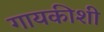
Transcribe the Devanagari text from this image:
गायकीशी